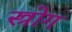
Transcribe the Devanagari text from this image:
स्त्रोग